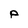
Character: p